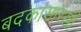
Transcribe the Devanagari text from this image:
बदकांसारखी